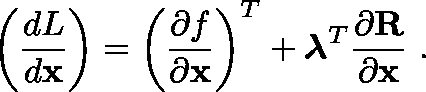
\left( \frac { d L } { d \mathbf { x } } \right) = \left( \frac { \partial f } { \partial \mathbf { x } } \right) ^ { T } + \mathbf { \boldsymbol { \lambda } } ^ { T } \frac { \partial \bf { R } } { \partial \mathbf { x } } \mathrm { ~ . ~ }